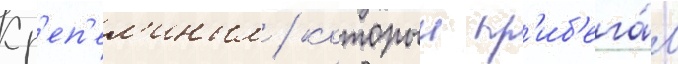
Кр'еп'ел'иным / которыи пр'иб'ега́л